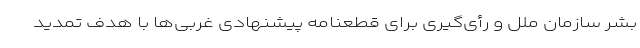
بشر سازمان ملل و رأی‌گیری برای قطعنامه پیشنهادی غربی‌ها با هدف تمدید